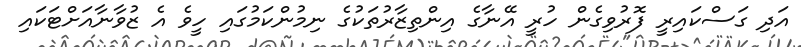
އަދި ގަސްކައިރީ ފޮރުވިގެން ހުރީ އޭނާގެ އިންތިޒާރުތަކުގެ ނިމުންކަމުގައި ހީވެ އެ ޒުވާނާއަށްޓަކައި